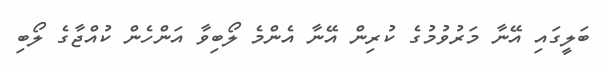
ބަލީގައި އޭނާ މަރުވުމުގެ ކުރިން އޭނާ އެންމެ ލޯބިވާ އަންހެން ކުއްޖާގެ ލޯބި